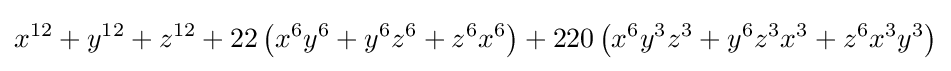
x^{12}+y^{12}+z^{12}+22\left(x^{6}y^{6}+y^{6}z^{6}+z^{6}x^{6}\right)+220\left(x^{6}y^{3}z^{3}+y^{6}z^{3}x^{3}+z^{6}x^{3}y^{3}\right)